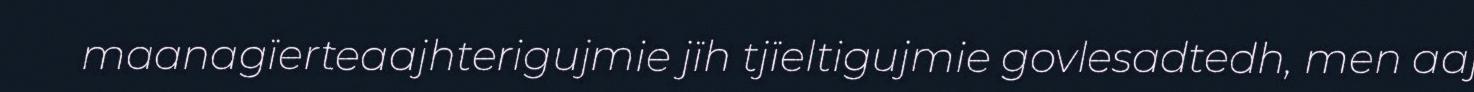
maanagïerteaajhterigujmie jïh tjïeltigujmie govlesadtedh, men aaj